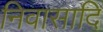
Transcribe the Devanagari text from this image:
निवासादि